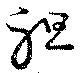
袒